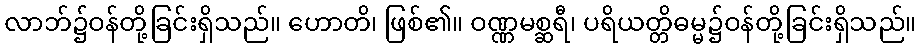
လာဘ်၌ဝန်တို့ခြင်းရှိသည်။ ဟောတိ၊ ဖြစ်၏။ ဝဏ္ဏမစ္ဆရီ၊ ပရိယတ္တိဓမ္မ၌ဝန်တို့ခြင်းရှိသည်။